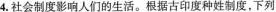
4.社会制度影响人们的生活。根据古印度种姓制度，下列